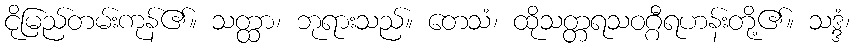
ငိုမြည်တမ်းကုန်၏။ သတ္ထာ၊ ဘုရားသည်။ တေသံ၊ ထိုသတ္တရသဝဂ္ဂီရဟန်းတို့၏။ သဒ္ဒံ၊